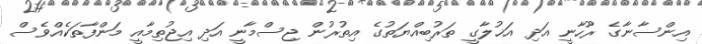
އިންސާނާގެ ރޫހާނީ އަދި އަޚުލާގީ ތަރުބިއްޔަތުގެ އިތުރުން ޖިސްމާނީ އަދި އިޖުތިމާއީ މަންފާތަކެއްވެސް